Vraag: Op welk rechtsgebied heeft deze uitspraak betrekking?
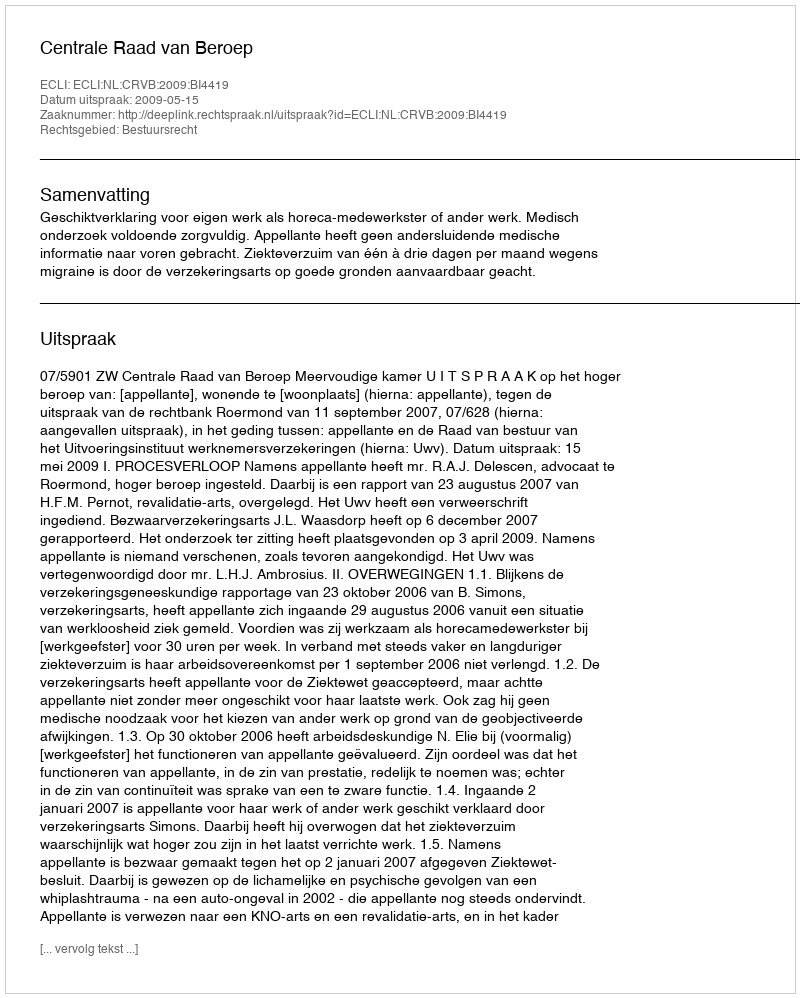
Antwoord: Bestuursrecht